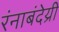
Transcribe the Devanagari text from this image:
रंनाबंदेय्री